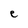
Character: e